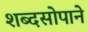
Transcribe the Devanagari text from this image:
शब्दसोपाने